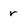
Character: r